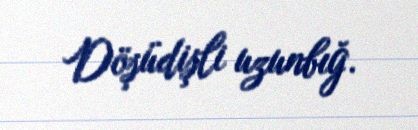
Döşüdişli uzunbığ.